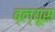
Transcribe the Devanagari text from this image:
ब्ल्यूस